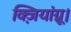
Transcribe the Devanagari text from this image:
क्ज़ियांग्नू।